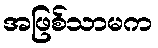
အဖြစ်သာမက